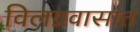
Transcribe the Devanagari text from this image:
विलग्नवासात